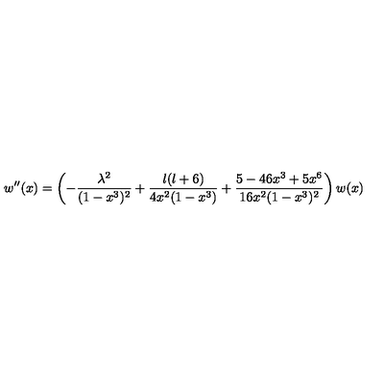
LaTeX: w ^ { \prime \prime } ( x ) = \left( - \frac { \lambda ^ { 2 } } { ( 1 - x ^ { 3 } ) ^ { 2 } } + \frac { l ( l + 6 ) } { 4 x ^ { 2 } ( 1 - x ^ { 3 } ) } + \frac { 5 - 4 6 x ^ { 3 } + 5 x ^ { 6 } } { 1 6 x ^ { 2 } ( 1 - x ^ { 3 } ) ^ { 2 } } \right) w ( x ) \,